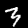
Digit: 3